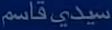
سيدي قاسم